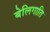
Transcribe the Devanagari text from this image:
बेलिगाति